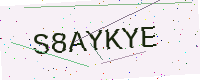
Text: S8AYKYE